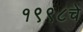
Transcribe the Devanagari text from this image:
१९९८चे